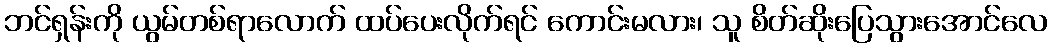
ဘင်ရှန်းကို ယွမ်တစ်ရာလောက် ထပ်ပေးလိုက်ရင် ကောင်းမလား၊ သူ စိတ်ဆိုးပြေသွားအောင်လေ